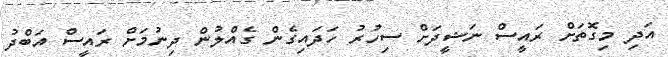
އަދި މިގޮތަށް ރައީސް ނަޝީދަށް ސިހުރު ހަދައިގެން ގެއްލުން ދިނުމަށް ރައީސް އަބްދު